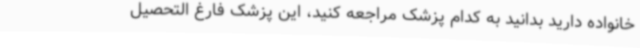
خانواده دارید بدانید به کدام پزشک مراجعه کنید، این پزشک فارغ التحصیل